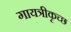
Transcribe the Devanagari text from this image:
गायत्रीकृच्छ